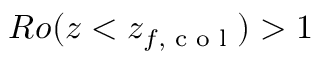
R o ( z < z _ { f , \textrm { c o l } } ) > 1